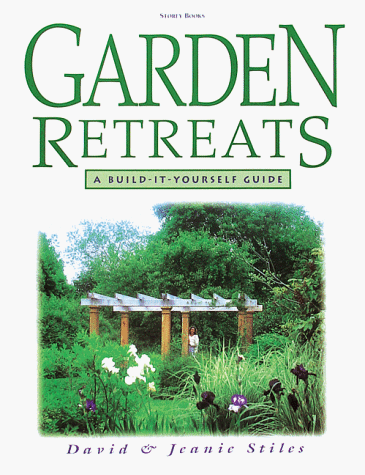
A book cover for Garden Retreats: A Build-It-Yourself Guide; David Stiles; Crafts, Hobbies & Home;